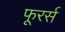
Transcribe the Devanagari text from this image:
फूरर्स